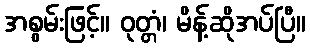
အစွမ်းဖြင့်။ ဝုတ္တံ၊ မိန့်ဆိုအပ်ပြီ။